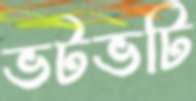
ভটভটি